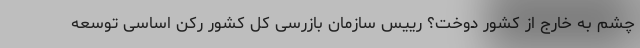
چشم به خارج از کشور دوخت؟ رییس سازمان بازرسی کل کشور رکن اساسی توسعه